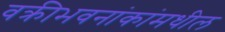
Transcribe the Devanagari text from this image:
वक्रीभवनांकांमधील